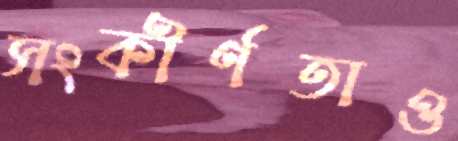
সংকীর্ণতাও